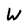
Character: W